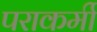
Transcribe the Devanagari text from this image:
पराकर्मी